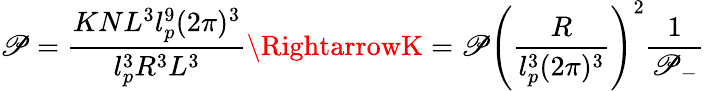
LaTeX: \mathscr{P}=\frac{{KNL^{3}l_{p}^{9}(2\pi)^{3}}}{{l_{p}^{3}R^{3}L^{3}}}\RightarrowK=\mathscr{P}\left(\frac{{R}}{{l_{p}^{3}(2\pi)^{3}}}\right)^{2}\frac{{1}}{{\mathscr{P}_{-}}}